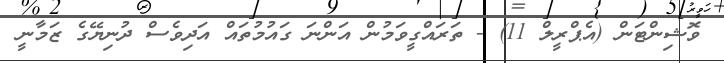
ވޮޝިންޓަން (އެޕްރީލް 11) - ތަރައްގީވަމުން އަންނަ ގައުމުތައް އަދިވެސް ދުނިޔޭގެ ޒަމާނީ